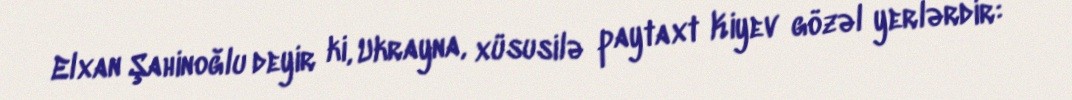
Elxan Şahinoğlu deyir ki, Ukrayna, xüsusilə paytaxt Kiyev gözəl yerlərdir: